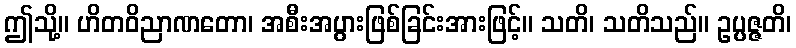
ဤသို့။ ဟိတဝိညာဏတော၊ အစီးအပွားဖြစ်ခြင်းအားဖြင့်။ သတိ၊ သတိသည်။ ဥပ္ပဇ္ဇတိ၊